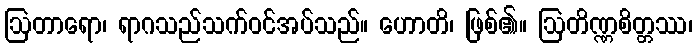
ဩတာရော၊ ရာဂသည်သက်ဝင်အပ်သည်။ ဟောတိ၊ ဖြစ်၏။ ဩတိဏ္ဏစိတ္တဿ၊